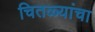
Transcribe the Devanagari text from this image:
चितळ्यांचा